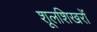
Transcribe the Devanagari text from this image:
शूलशिखरों